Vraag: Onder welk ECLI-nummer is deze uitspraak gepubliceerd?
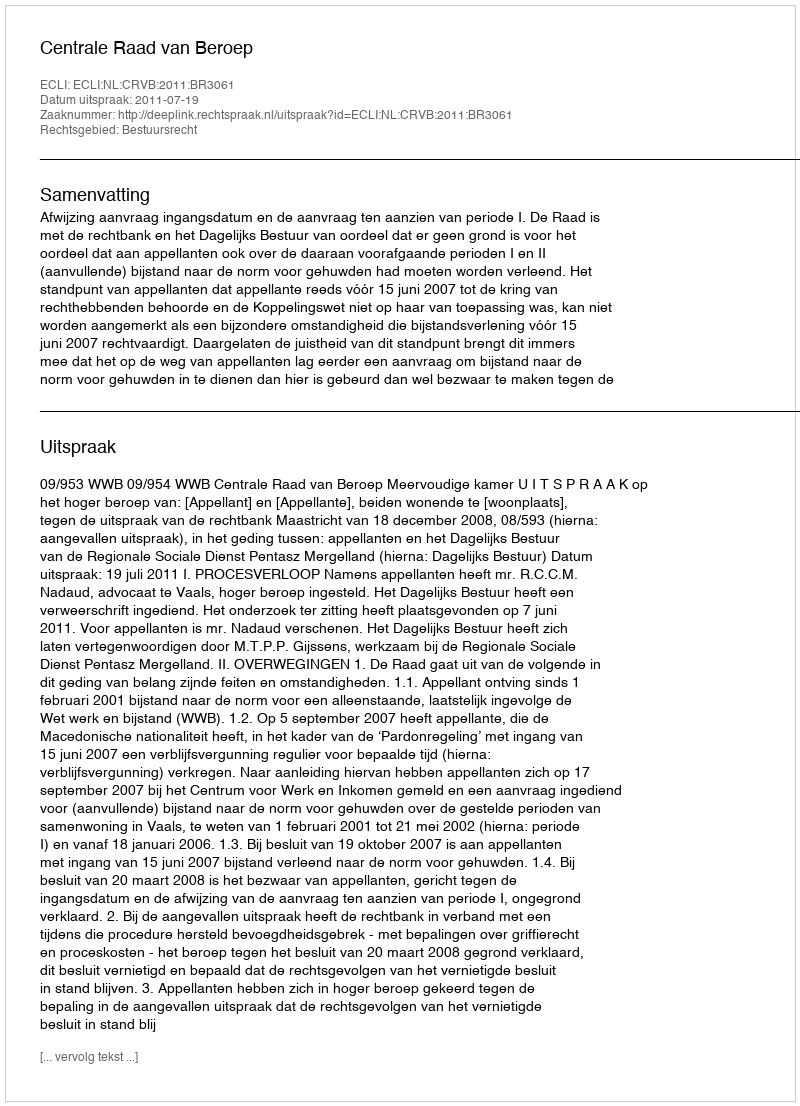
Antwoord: ECLI:NL:CRVB:2011:BR3061